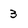
Character: 3